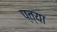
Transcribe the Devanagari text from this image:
प्त्या